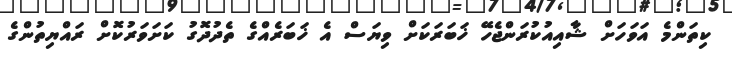
ކިތަންމެ އަވަހަށް ޝާއިއުކުރަންޖެހޭ ޚަބަރަކަށް ވިޔަސް އެ ޚަބަރެއްގެ ތެދުދޮގު ކަށަވަރުކޮށް ރައްޔިތުންގެ